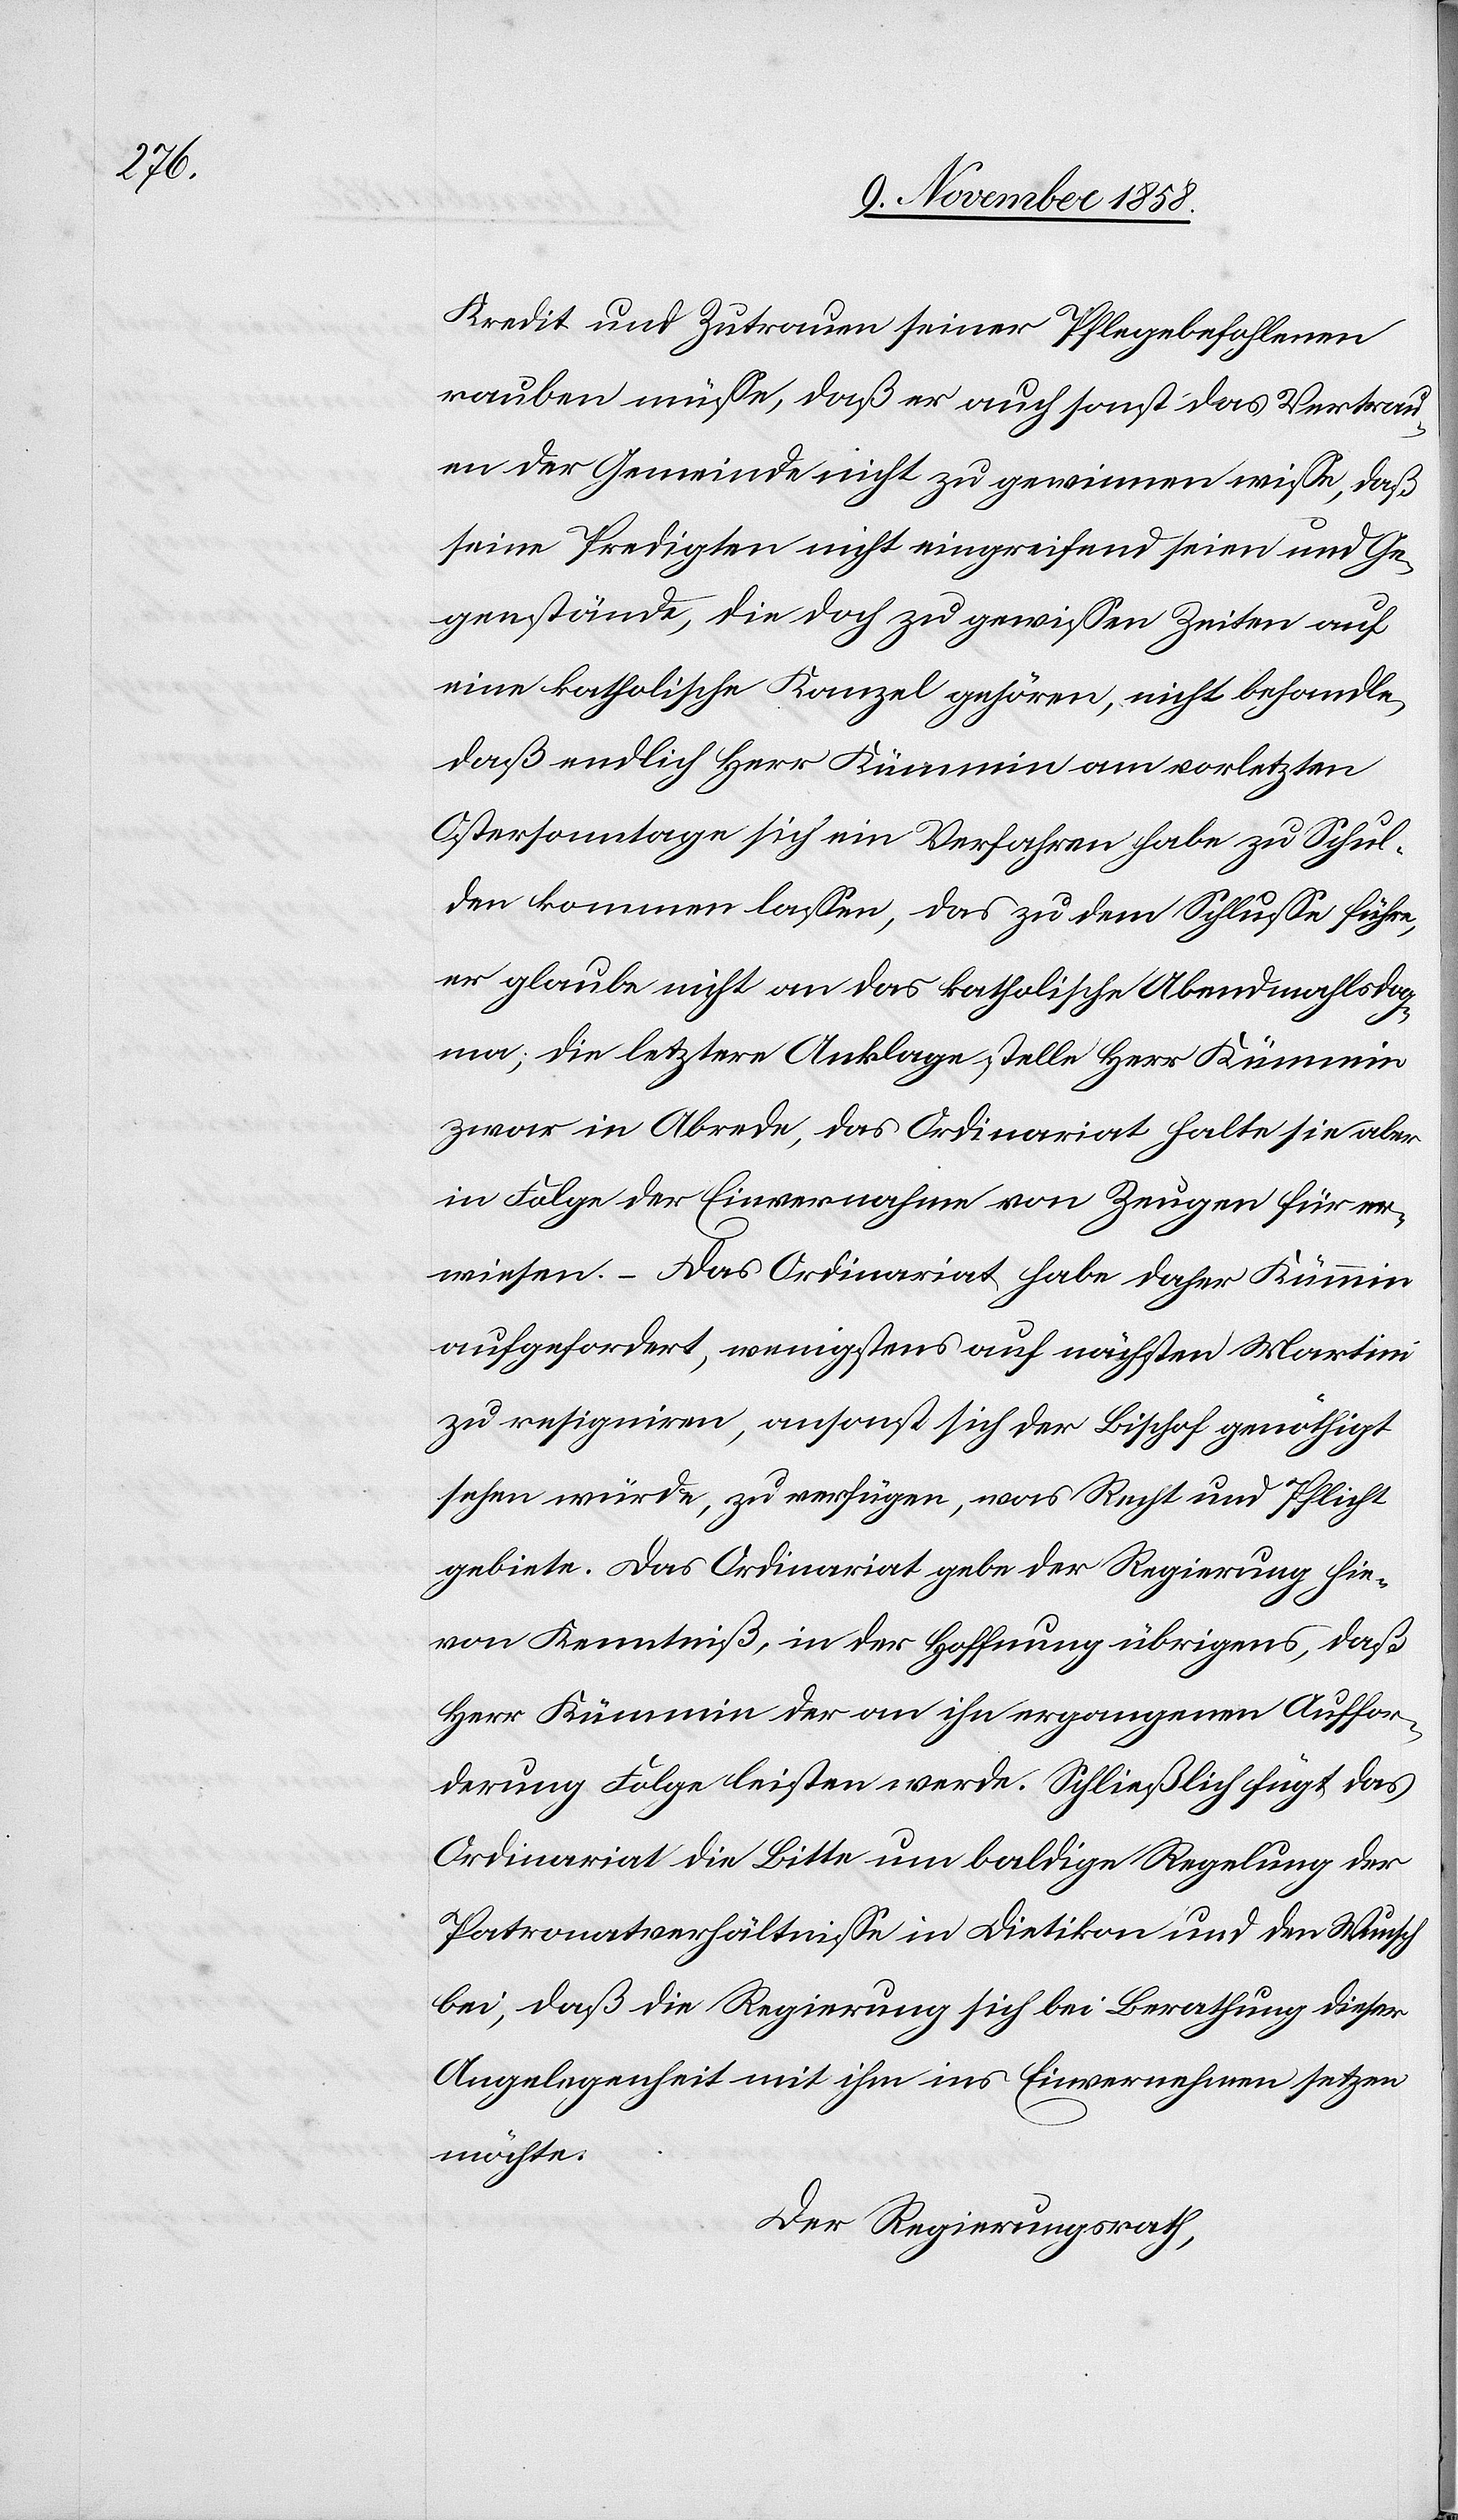
Kredit und Zutrauen seiner Pflegebefohlenen
rauben müsse, daß er auch sonst das Vertrau¬
en der Gemeinde nicht zu gewinnen wisse, daß
seine Predigten nicht eingreifend seien und Ge¬
genstände, die doch zu gewissen Zeiten auf
eine katholische Kanzel gehören, nicht behandle,
daß endlich Herr Kümmin am vorletzten
Ostersonntage sich ein Verfahren habe zu Schul¬
den kommen lassen, das zu dem Schlusse führe,
er glaube nicht an das katholische Abendmahlsdog¬
ma; die letztere Anklage stelle Herr Kümmin
zwar in Abrede, das Ordinariat halte sie aber
in Folge der Einvernahme von Zeugen für er¬
wiesen. – Das Ordinariat habe daher Kümmin
aufgefordert, wenigstens auf nächsten Martini
zu resigniren, ansonst sich der Bischof genöthigt
sehen würde, zu verfügen, was Recht und Pflicht
gebiete. Das Ordinariat gebe der Regierung hie¬
von Kenntniß, in der Hoffnung übrigens, daß
Herr Kümmin der an ihn ergangenen Auffor¬
derung Folge leisten werde. Schließlich fügt das
Ordinariat die Bitte um baldige Regelung der
Patronatverhältnisse in Dietikon und den Wunsch
bei, daß die Regierung sich bei Berathung dieser
Angelegenheit mit ihm ins Einvernehmen setzen
möchte.
Der Regierungsrath,